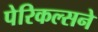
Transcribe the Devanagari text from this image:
पेरिकल्सने